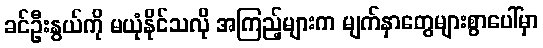
ခင်ဦးနွယ်ကို မယုံနိုင်သလို အကြည့်များက မျက်နှာတွေများစွာပေါ်မှာ